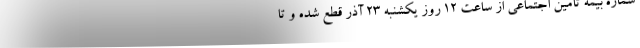
شماره بیمه تامین اجتماعی از ساعت ۱۲ روز یکشنبه ۲۳ آذر قطع شده و تا